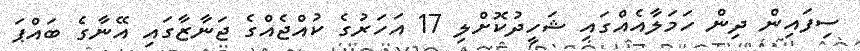
ސިފައިން ދިން ހަމަލާއެއްގައި ޝަހީދުކޮށްލި 17 އަހަރުގެ ކުއްޖެއްގެ ޖަނާޒާގައި އޭނާގެ ބައްޕަ